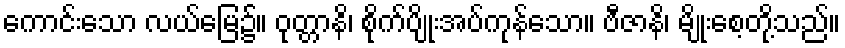
ကောင်းသော လယ်မြေ၌။ ဝုတ္တာနိ၊ စိုက်ပျိုးအပ်ကုန်သော။ ဗီဇာနိ၊ မျိုးစေ့တို့သည်။